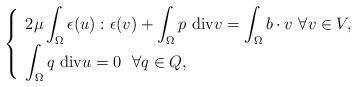
LaTeX: \begin{align*}\left\{\begin{array}{l}2\mu\displaystyle\int_\Omega\epsilon (u):\epsilon (v)+\displaystyle\int_\Omega p~\hbox{div}v=\int_\Omega b\cdot v~\forall v\in V,\\ \displaystyle\int_\Omega q~\hbox{div} u=0~~\forall q\in Q,\end{array}\right.\end{align*}